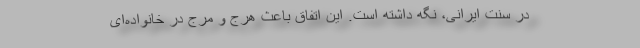
در سنت ایرانی، نگه داشته است. این اتفاق باعث هرج و مرج در خانواده‌ای